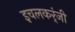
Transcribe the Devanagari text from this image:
इचलकर्ंजी